Martna_vallavalitsus, lk 40
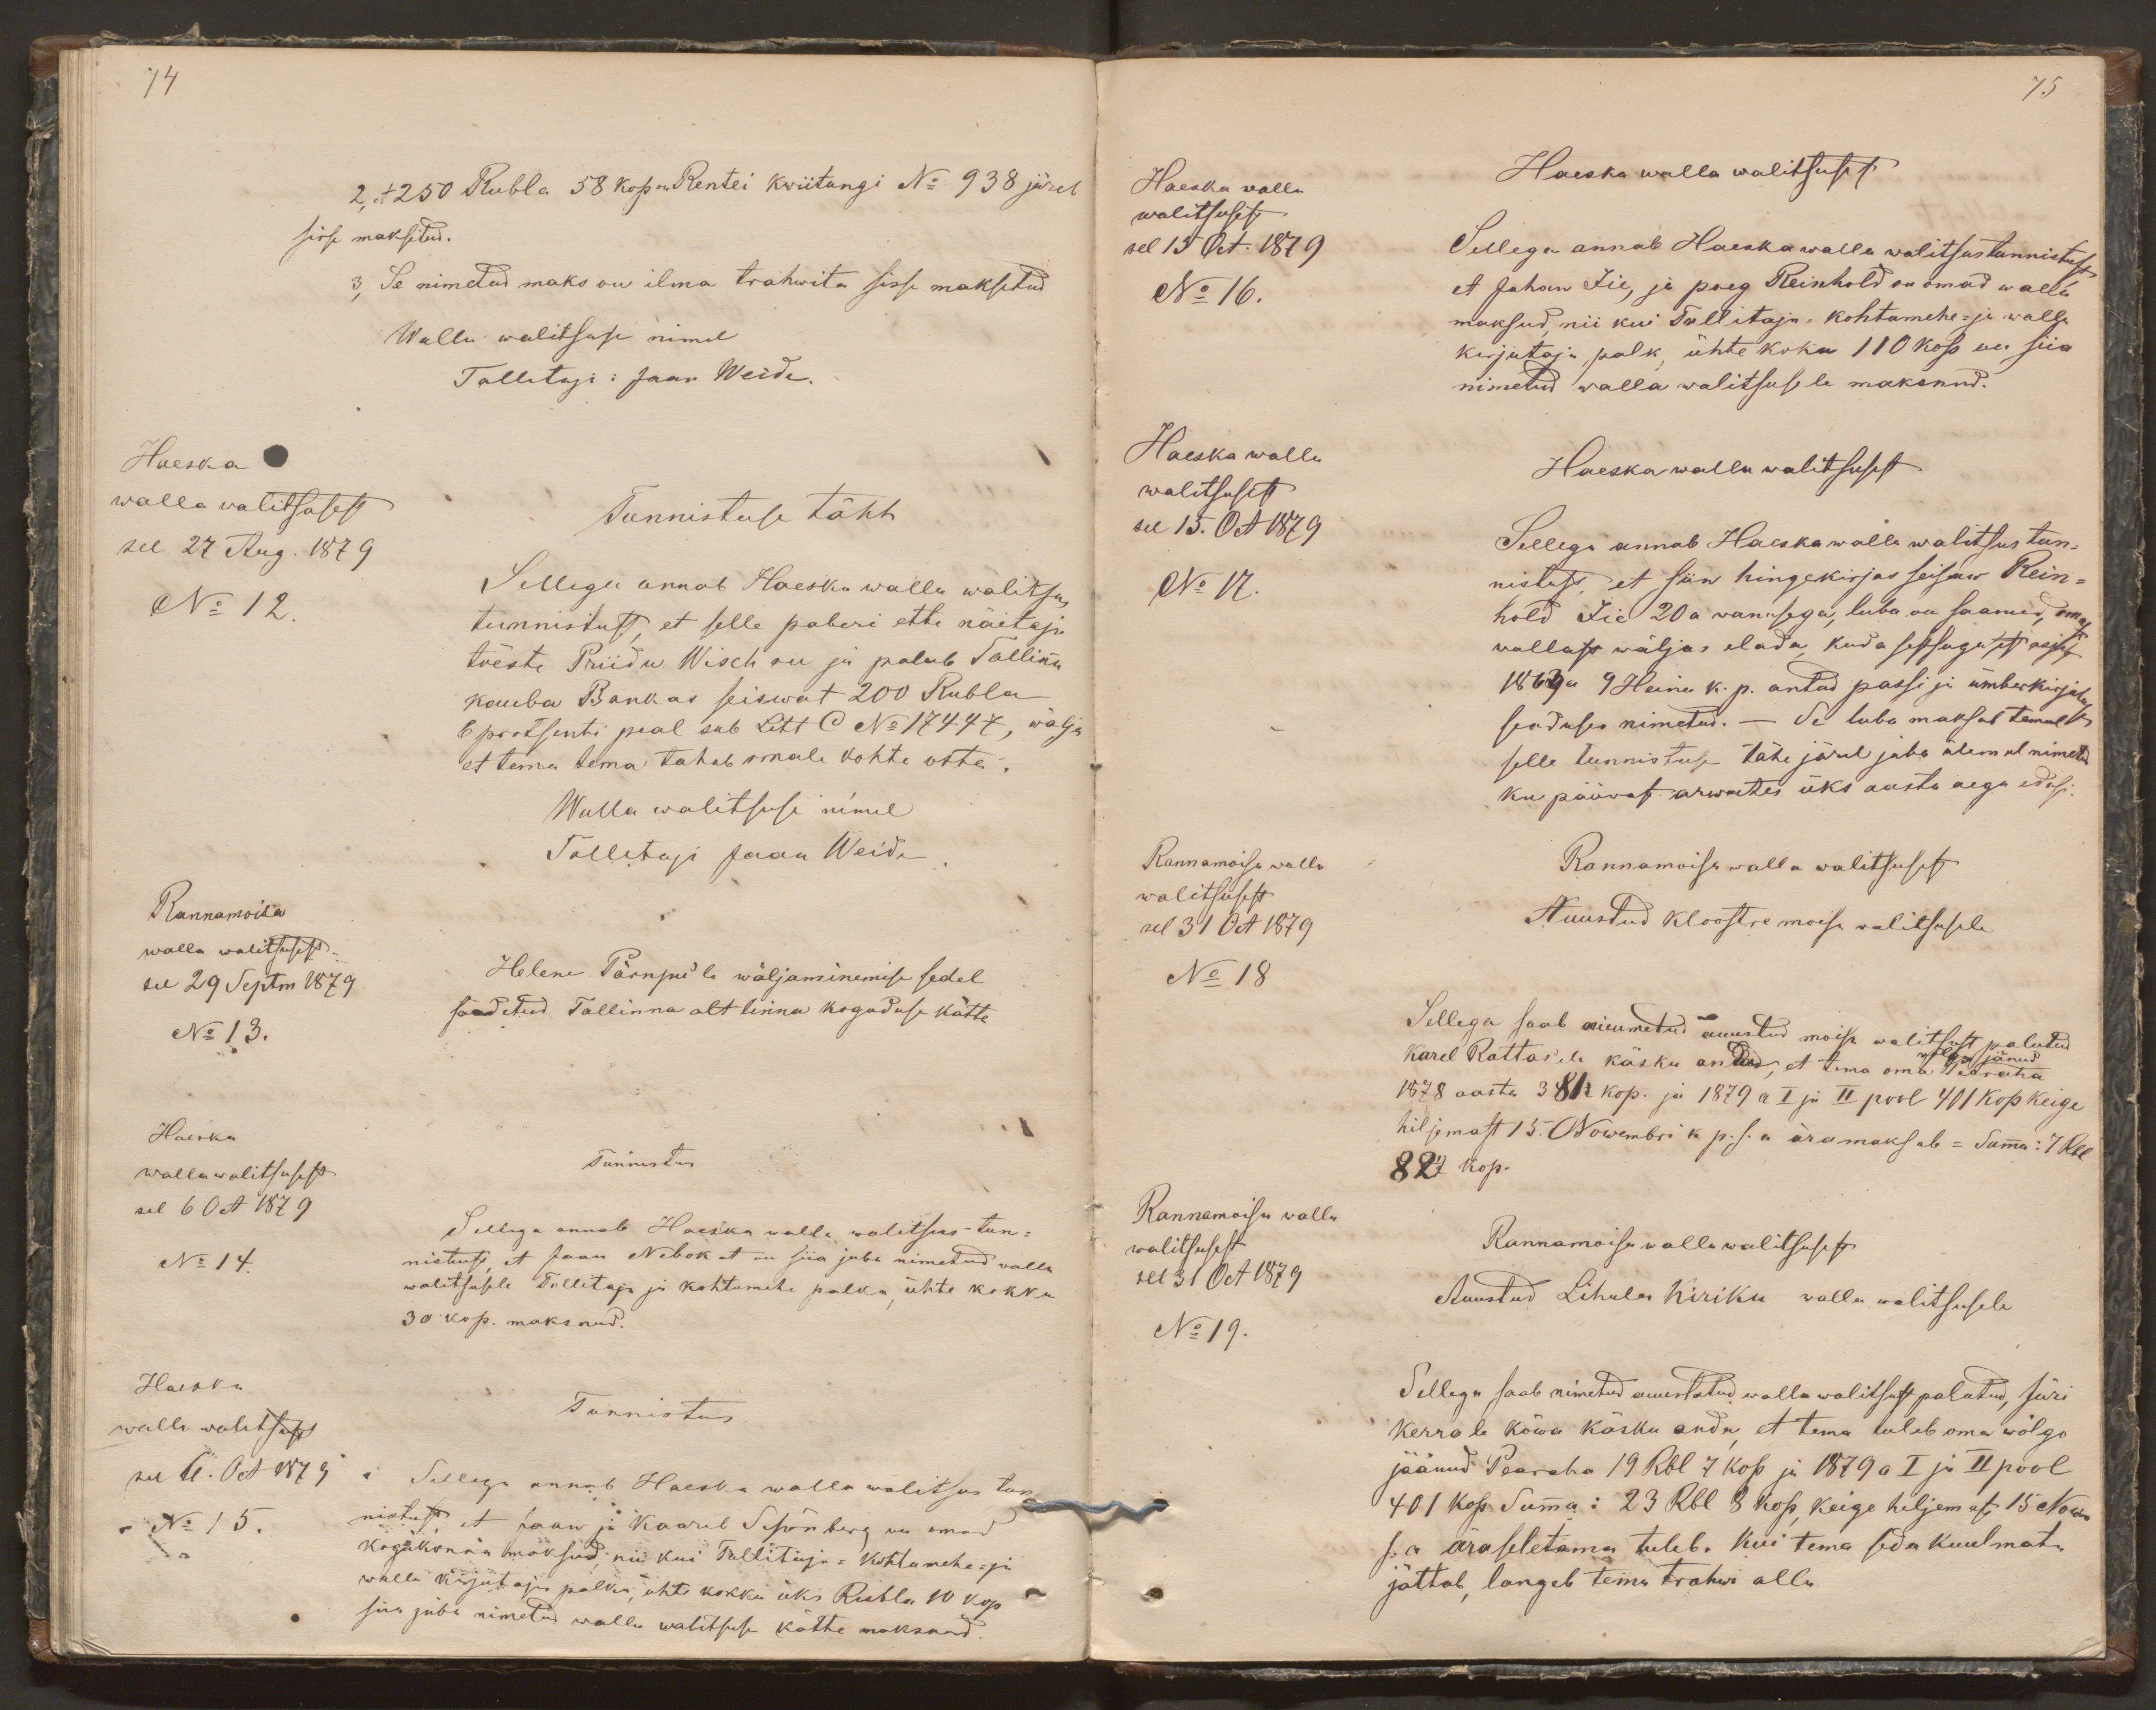
74
2, et 250 Rubla 58 kop on Rentei kwiitungi No 938 järel
sisse maksitud.
3, Se nimetud maks on ilma trahwita sisse maksetud
Walla walitsuse nimel
Tallitaja: Jaan Weide.
Haeska
walla walitsusest
Tunnistuse täht
sel 27 Aug. 1879
No 12.
Sellega annab Haeska walla walitsus
tunnistust, et selle paberi ette näitaja
tõeste Priidu Wisch on ja palub Tallinna
kauba Bankas seiswat 200 Rubla
6 protsenti peal sub Litt C No 17447, wälja
et tema tema tahab omale kohta osta.
Walla walitsuse nimel
Tallitaja Jaan Weide
Rannamoisa
walla walitsusest
sel 29 Septm 1879
Helene Pärnpu'le wäljaminemise sedel
No 13.
saadetud Tallinna alt linna koguduse kätte
Haeska
wallawalitsusest
Tunnistus
sel 6 0ct 1879
Sellega annab Haeska walla walitsus tun-
No 14.
nistust, et Jaan Nebokat on siia juba nimetud walla
walitsusele Tallitaja ja kohtumehe palka, ühte kokku
30 kop. maksnud.
Haeska
walla walitsusest
Tunnistus
sel 6. Oct 1879
Sellega annab Haeska walla walitsus tun-
No 15.
nistust, et Jaan ja Kaarel Schönberg on omad
kogukonna maksud, nii kui Tallitaja -Kohtumehe- ja
walla kirjutaja palka, ühte kokku üks Rubla 10 kop
siin juba nimetud walla walitsuse kätte maksnud.

75
Haeska walla
Haeska walla walitsusest
walitsusest
sel 15 Oct. 1879
Sellega annab Haeska walla walitsus tunnistust,
No 16.
et Johan Iie, ja poeg Reinhold on omad walla
maksud, nii kui Tallitaja-kohtmehe- ja walla
kirjutaja palk, ühte koku 110 kop on siia
nimetud walla walitsusele maksnud.
Haeska walla
Haeska walla walitsusest
walitsusest
see 15. Oct 1879
Sellega annab Haeska walla walitsus tun-
No 17.
nistust, et siin hingekirjas seisaw Rein-
hold Iie 20 a wanusega, luba on saanud, omast
wallast wäljas elada, kuda sestsugusest rajalt
1869 a 9 Heina k. p. antud passi ja ümberkirjutuse
seaduses nimetud. - Se luba maksab temal
selle tunnistuse tähe järel juba ülemal nimetud
ku pääwast arwates üks aasta aega edasi.
Rannamoisa walla
Rannamoisa walla walitsusest
walitsusest
sel 31 Oct 1879
Auustud kloostre moisa walitsusele
No 18
Sellega saab nimmetud auustud moisa walitsust palutud
wõlgu jänud
Karel Rattas'ele käsku anda, et tema oma Pearaha
1878 aasta 381 1/2 kop. ja 1879 a I ja II pool 401 kop keige
hiljemast 15. Nowembri k p. s. a äramaksab - Summa: 7 Rbl
82 1/2 kop.
Rannamoisa walla
walitsusest
Rannamoisa walla walitsusest
sel 31 Oct 1879
Auustud Lihula Kiriku walla walitsusele
No 19.
Sellega saab nimetud auustatud walla walitsust palutud, Jüri
Kerrole kõwa käsku anda, et tema tuleb oma wõlgo
jäänud Pearaha 19 Rbl 7 kop ja 1879 a I ja II pool
401 kop Summa: 23 Rbl 8 kop, keige hiljem. st, 15 Now
s. a äraseletama tuleb. Kui tema seda kuulmata
jättab, langeb tema trahwi alla.